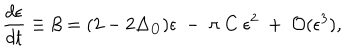
{ \frac { d \epsilon } { d t } } \equiv \beta = ( 2 - 2 \Delta _ { O } ) \epsilon ~ - ~ \pi ~ C ~ \epsilon ^ { 2 } ~ + ~ { \cal O } ( \epsilon ^ { 3 } ) ,